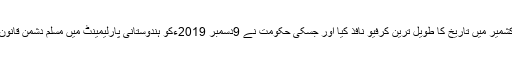
وہ نریندر مودی جس نے 5 اگست 2019ءکو مقبوضہ جموں وکشمیر میں تاریخ کا طویل ترین کرفیو نافذ کیا اور جسکی حکومت نے 9دسمبر 2019ءکو ہندوستانی پارلیمینٹ میں مسلم دشمن قانون منظور کرایا وہ مودی بھی ایک ولن کے طور پر یاد کیا جائیگا۔